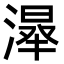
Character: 𣼦